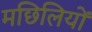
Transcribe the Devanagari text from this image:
मछिलियों